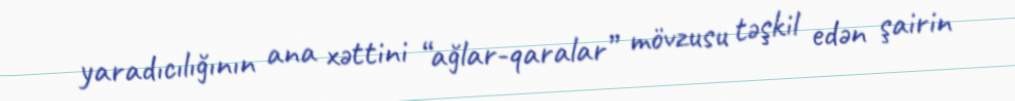
yaradıcılığının ana xəttini “ağlar-qaralar” mövzusu təşkil edən şairin